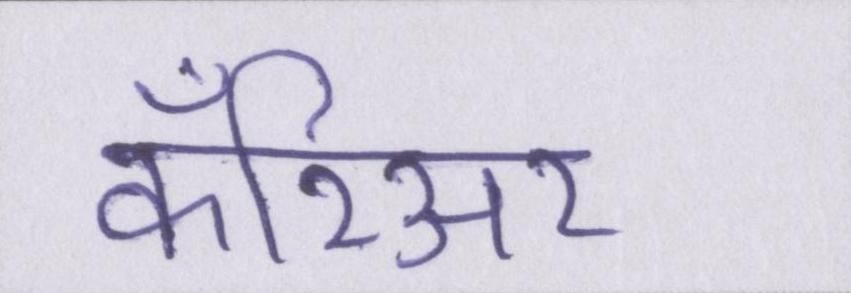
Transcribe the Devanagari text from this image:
कॅरिअर